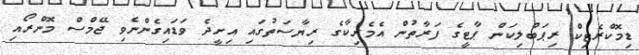
ޑިމޮކްރެޓިކް ރިޕަބްލިކަން ޕާޓީގެ ފަރާތުން އެމެރިކާގެ ރިޔާސަތުގައި އިށީދެ ވަޑައިގެންނެވި ޖޭމްސް މޮންރޯއި